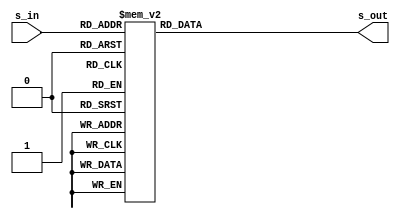
`timescale 1ns / 1ps
//////////////////////////////////////////////////////////////////////////////////
// Company: Tsinghua University
// 
// Design Name: 
// Module Name:    sbox 
// Project Name: 
// Target Devices: 
// Tool versions: 
// Description: 
//
// Dependencies: 
//
// Revision: 
// Revision 0.01 - File Created
// Additional Comments: 
//
//////////////////////////////////////////////////////////////////////////////////
module sbox(
	input [3:0]s_in,
	output reg [3:0]s_out
	);
	
	always @(s_in)
		case(s_in)
			4'd0: s_out = 4'd11;
			4'd1: s_out = 4'd8;
			4'd2: s_out = 4'd10;
			4'd3: s_out = 4'd0;
			4'd4: s_out = 4'd15;
			4'd5: s_out = 4'd14;
			4'd6: s_out = 4'd2;
			4'd7: s_out = 4'd1;
			4'd8: s_out = 4'd9;
			4'd9: s_out = 4'd12;
			4'd10: s_out = 4'd13;
			4'd11: s_out = 4'd4;
			4'd12: s_out = 4'd3;
			4'd13: s_out = 4'd6;
			4'd14: s_out = 4'd5;
			4'd15: s_out = 4'd7;
		endcase
	
endmodule